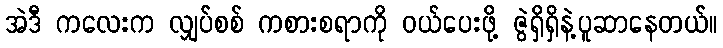
အဲဒီ ကလေးက လျှပ်စစ် ကစားစရာကို ဝယ်ပေးဖို့ ဇွဲရှိရှိနဲ့ပူဆာနေတယ်။